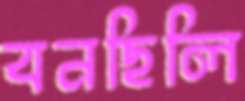
বনছিলি